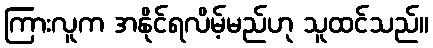
ကြားလူက အနိုင်ရလိမ့်မည်ဟု သူထင်သည်။